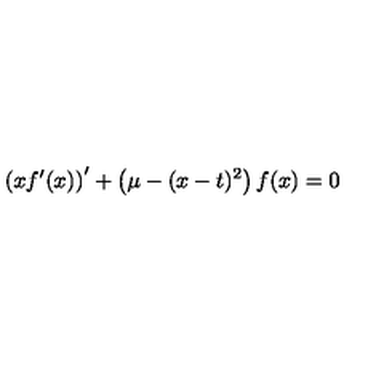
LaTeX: \left( x f ^ { \prime } ( x ) \right) ^ { \prime } + \left( \mu - ( x - t ) ^ { 2 } \right) f ( x ) = 0